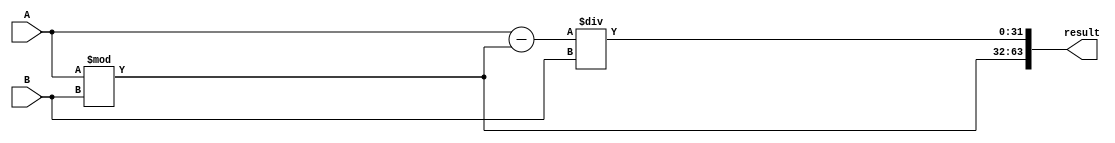
module division(input signed [31:0] A, B, output reg [63:0] result);
	reg [31:0] upper, lower;
	always @ (*)
	begin
		upper = A % B;
		lower = (A - upper) / B;
		begin
			result = {upper, lower};
		end
	end
				
endmodule